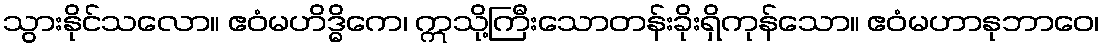
သွားနိုင်သလော။ ဧဝံမဟိဒ္ဓိကေ၊ ဣသို့ကြီးသောတန်းခိုးရှိကုန်သော။ ဧဝံမဟာနုဘာဝေ၊